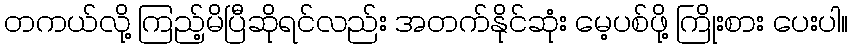
တကယ်လို့ ကြည့်မိပြီဆိုရင်လည်း အတက်နိုင်ဆုံး မေ့ပစ်ဖို့ ကြိုးစား ပေးပါ။